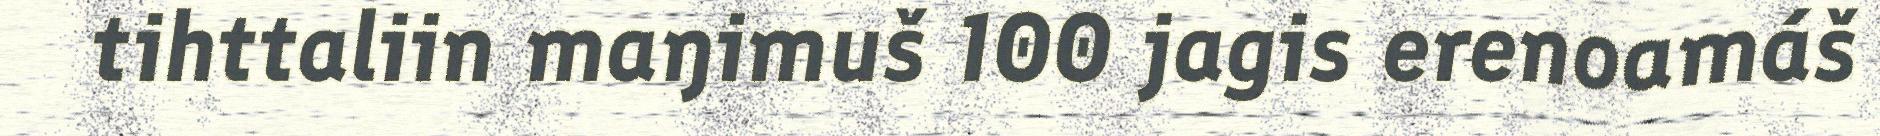
tihttaliin maŋimuš 100 jagis erenoamáš